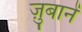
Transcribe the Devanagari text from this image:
ज़ुबानें